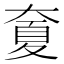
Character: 𡙣